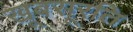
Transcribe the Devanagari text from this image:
खूबसूरति